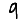
Digit: 9